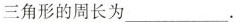
三角形的周长为___.